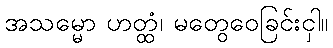
အသမ္မော ဟတ္ထံ၊ မတွေဝေခြင်းငှါ။